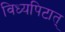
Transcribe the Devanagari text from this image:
विध्यपिटात्